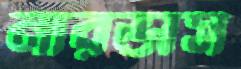
নারভাস